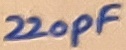
Text: 220pF